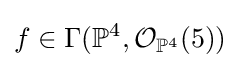
f\in \Gamma (\mathbb {P} ^{4},{\mathcal {O}}_{\mathbb {P} ^{4}}(5))